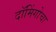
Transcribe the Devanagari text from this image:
दॉमिंगोचा